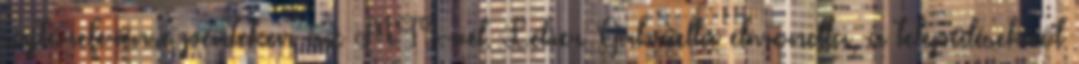
sajtóreferense pénteken az MTI-vel. Léber Gabriella elmondta, a településekről